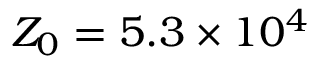
Z _ { 0 } = 5 . 3 \times 1 0 ^ { 4 }